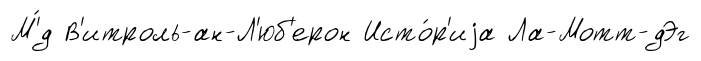
М'́д В'итроль-ан-Л'юб'ерон Исто́р'иjа Ла-Мотт-дЭг